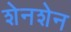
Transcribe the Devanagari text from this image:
शेनशेन